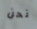
نحن